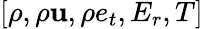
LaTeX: [\rho,\rho\mathbf{u},\rho e_{t},E_{r},T]